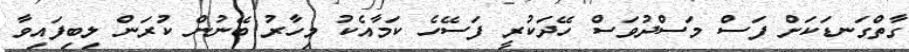
ގާތްގަނޑަކަށް ފަސް މަސްދުވަސް ހޭދަކުރީ ފަސޭހެ ކަމާއެކު މިހާރު ބޭނުން ކުރަން ލިބިފައިވާ